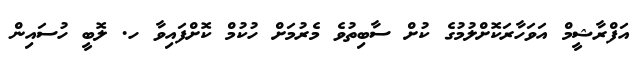
އަފްރާޝީމް އަވަހާރަކޮށްލުމުގެ ކުށް ސާބިތުވެ މެރުމަށް ހުކުމް ކޮށްފައިވާ ހ. ލޮބީ ހުސައިން